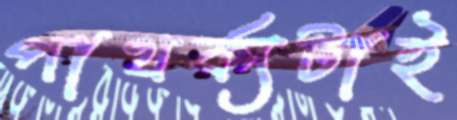
পাথর্ক্যটাই